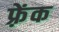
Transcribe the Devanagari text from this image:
फ़्रेंक